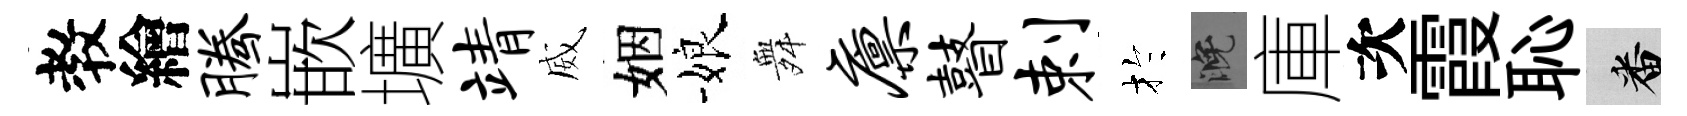
教繪腾嵌壙靖威姻娘舞廪瞽剌扵晚庫次霞恥番